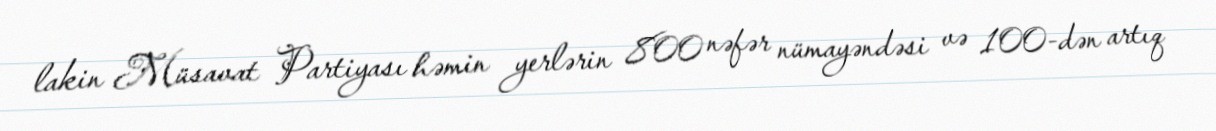
lakin Müsavat Partiyası həmin yerlərin 800 nəfər nümayəndəsi və 100-dən artıq